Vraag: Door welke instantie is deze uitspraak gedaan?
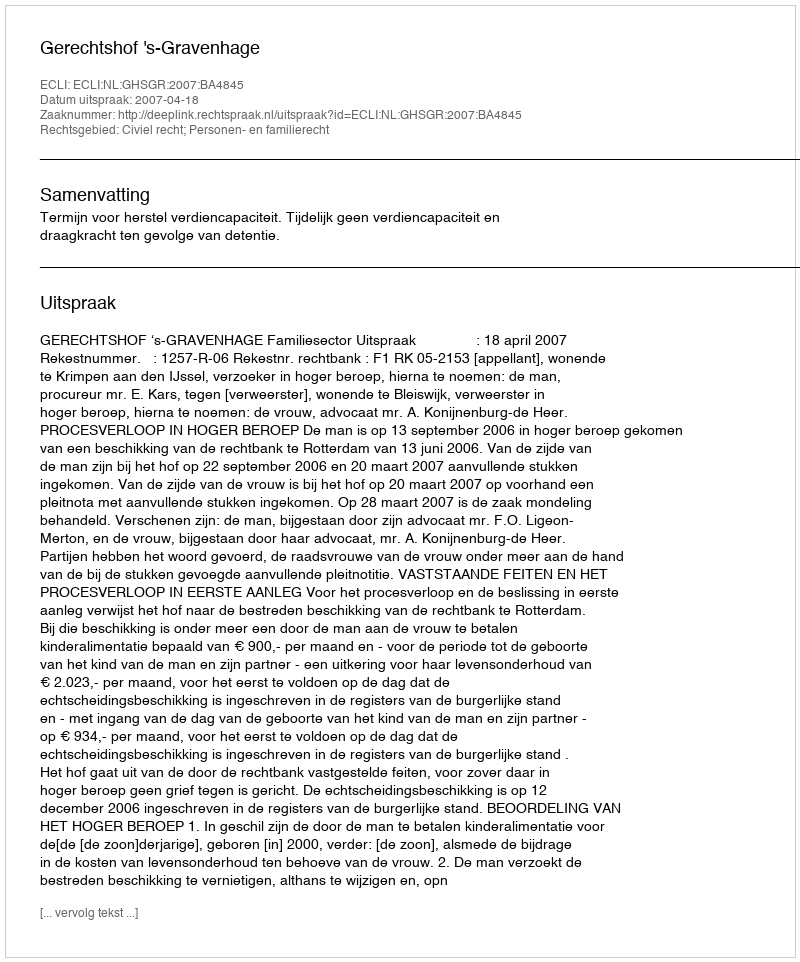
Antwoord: Gerechtshof 's-Gravenhage